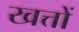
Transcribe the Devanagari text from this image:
खत्तों